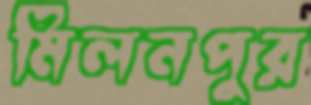
মিলনপুর